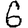
Digit: 6